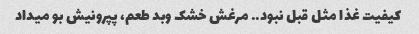
کیفیت غذا مثل قبل نبود.. مرغش خشک و‌بد طعم، پپرونیش بو میداد